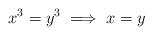
LaTeX: \begin{align*} x^3 = y^3 \implies x = y\end{align*}